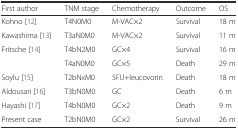
<table><thead><tr><td><b>First author</b></td><td><b>TNM stage</b></td><td><b>Chemotherapy</b></td><td><b>Outcome</b></td><td><b>OS</b></td></tr></thead><tbody><tr><td>Kohno [12]</td><td>T4N0M0</td><td>M-VAC×2</td><td>Survival</td><td>18 m</td></tr><tr><td>Kawashima [13]</td><td>T3aN0M0</td><td>M-VAC×2</td><td>Survival</td><td>11 m</td></tr><tr><td>Fritsche [14]</td><td>T4bN2M0</td><td>GC×4</td><td>Survival</td><td>16 m</td></tr><tr><td></td><td>T4aN0M0</td><td>GC×5</td><td>Death</td><td>29 m</td></tr><tr><td>Soylu [15]</td><td>T2bNxM0</td><td>5FU+leucovorin</td><td>Death</td><td>18 m</td></tr><tr><td>Aldousari [16]</td><td>T3bN0M0</td><td>GC</td><td>Death</td><td>6 m</td></tr><tr><td>Hayashi [17]</td><td>T4bN0M0</td><td>GC×2</td><td>Death</td><td>9 m</td></tr><tr><td>Present case</td><td>T2bN0M0</td><td>GC×2</td><td>Survival</td><td>26 m</td></tr></tbody></table>